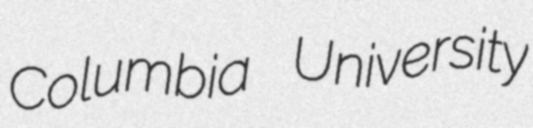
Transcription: Columbia University